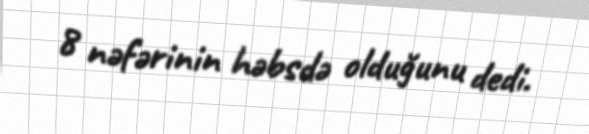
8 nəfərinin həbsdə olduğunu dedi.